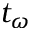
t _ { \omega }